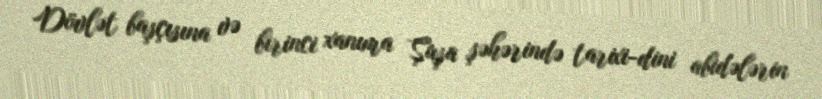
Dövlət başçısına və birinci xanıma Şuşa şəhərində tarixi-dini abidələrin